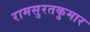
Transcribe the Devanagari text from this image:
रामसुरतकुमार